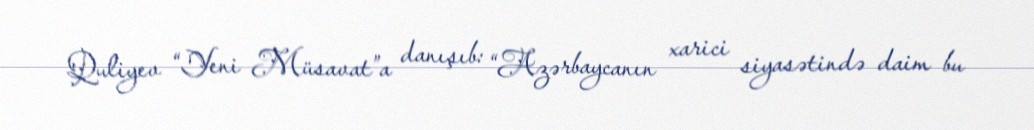
Quliyev “Yeni Müsavat”a danışıb: “Azərbaycanın xarici siyasətində daim bu